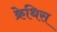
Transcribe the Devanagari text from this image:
क्रेथिस